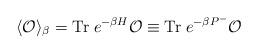
LaTeX: \begin{align*}\langle {\cal O} \rangle_{\beta} = {\rm Tr}\;e^{-\beta H} {\cal O}\equiv {\rm Tr}\;e^{-\beta P^{-}} {\cal O}\end{align*}